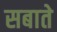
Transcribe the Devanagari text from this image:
सबाते